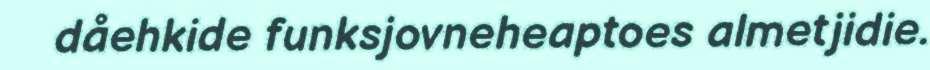
dåehkide funksjovneheaptoes almetjidie.